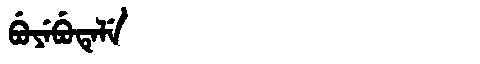
Manchu: ᠪᡠᠶᡝᠪᡠᡨᡝᠯᡝ
Romanization: BUYEBUTELE